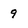
Character: 9